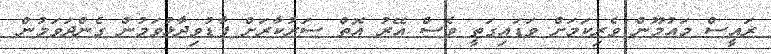
ރައީސް މައުމޫން ވެރިކަމަށް ވަޑައިގަތީ ވެސް އޭރު އޮތް ސަރުކާރަށް ފާޑުވިދާޅުވަމުން ގެންދަވަމުން